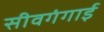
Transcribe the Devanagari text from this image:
सीवगंगाई